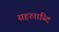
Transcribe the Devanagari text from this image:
सहरुााब्दि